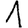
Digit: 1